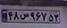
۴۸س۹۶۷۵۳